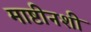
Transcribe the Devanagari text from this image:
माष्टीनशी